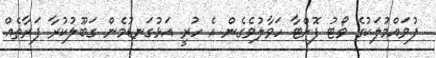
ފުވައްމުލަކުގެ ވޯޓު ފޮށްޓާ ހަވާލުވެގެން އެ ހުރީ އަޅުގަނޑުމެން ގަބޫލުކުރާ ފަރާތެއް